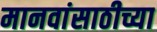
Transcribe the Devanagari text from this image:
मानवांसाठीच्या